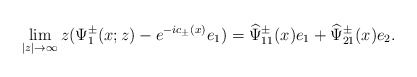
\begin{align*}\lim _{|z| \rightarrow \infty}z(\Psi^\pm_1(x;z)-e^{-ic_\pm(x)}e_1)=\widehat{\Psi}^\pm_{11}(x)e_1+\widehat{\Psi}^\pm_{21}(x)e_2.\end{align*}